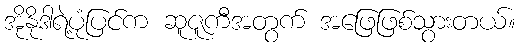
အိုနိုဒါရဲ့ပုံပြင်က ဆူဇူကီအတွက် အဖြေဖြစ်သွားတယ်။